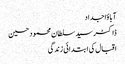
آبا ؤاجداد
ڈاکٹر سید سلطان محمود حسین
اقبال کی ابتدائی زندگی